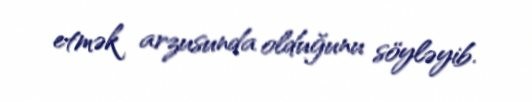
etmək arzusunda olduğunu söyləyib.